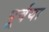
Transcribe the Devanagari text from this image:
पूर्वया